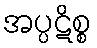
အပ္ပဋိစ္စ